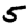
Digit: 5